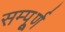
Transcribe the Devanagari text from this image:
सम्पूूूर्ण